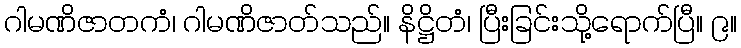
ဂါမဏိဇာတကံ၊ ဂါမဏိဇာတ်သည်။ နိဋ္ဌိတံ၊ ပြီးခြင်းသို့ရောက်ပြီ။ ၉။